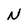
Character: N